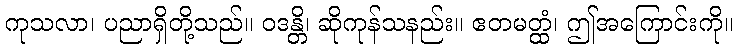
ကုသလာ၊ ပညာရှိတို့သည်။ ဝဒန္တိ၊ ဆိုကုန်သနည်း။ ဧတမတ္ထံ၊ ဤအကြောင်းကို။